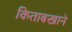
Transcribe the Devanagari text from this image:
किताबखाने